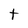
Character: t